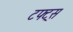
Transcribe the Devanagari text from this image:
टफ्ट्‌स